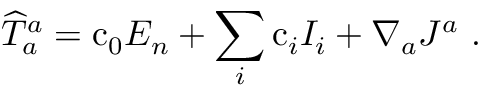
{ \widehat T } _ { a } ^ { a } = \mathrm { c } _ { 0 } E _ { n } + \sum _ { i } \mathrm { c } _ { i } I _ { i } + \nabla _ { a } J ^ { a } \ .